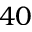
4 0